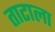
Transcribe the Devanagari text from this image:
ताटाला